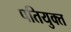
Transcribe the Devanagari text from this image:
पतियुक्त